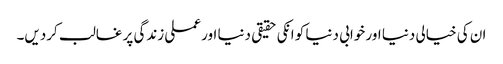
ان کی خیالی دنیا اور خوابی دنیا کو انکی حقیقی دنیا اور عملی زندگی پر غالب کردیں۔